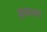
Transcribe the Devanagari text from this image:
सकाडा